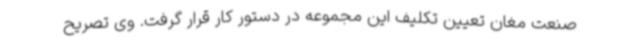
صنعت مغان تعیین تکلیف این مجموعه در دستور کار قرار گرفت. وی تصریح